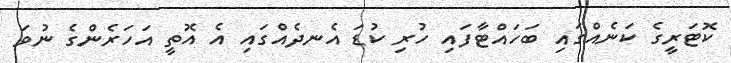
ކޮޓަރީގެ ކަނެއްގައި ބަހައްޓާފައި ހުރި ކުޑަ އެނދެއްގައި އެ އޮތީ އަހަރެންގެ ނުވަ